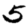
Digit: 5